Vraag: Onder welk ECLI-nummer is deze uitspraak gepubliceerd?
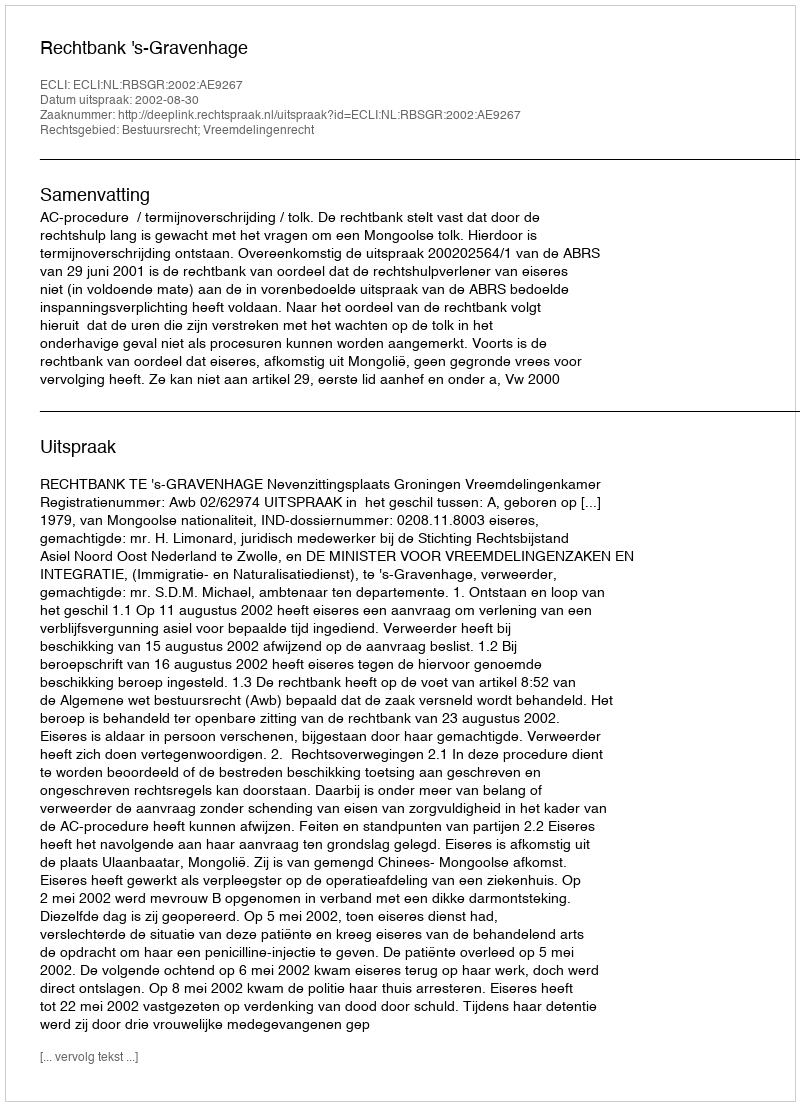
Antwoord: ECLI:NL:RBSGR:2002:AE9267